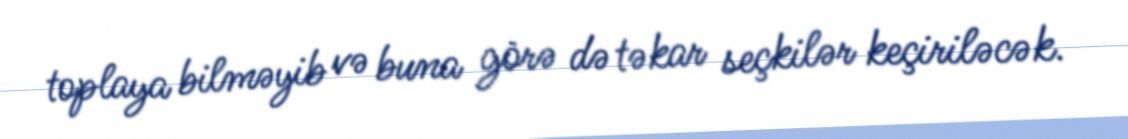
toplaya bilməyib və buna görə də təkar seçkilər keçiriləcək.